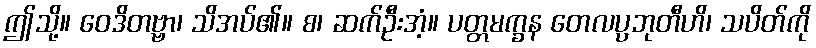
ဤသို့။ ဝေဒိတဗ္ဗာ၊ သိအပ်၏။ စ၊ ဆက်ဦးအံ့။ ပတ္တမက္ခန တေလပ္ပဘုတီဟိ၊ သပိတ်ကို